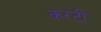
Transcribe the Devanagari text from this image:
करटी